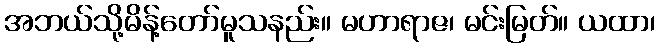
အဘယ်သို့မိန့်တော်မူသနည်း။ မဟာရာဇ၊ မင်းမြတ်။ ယထာ၊